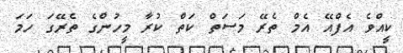
ކީއްވެ އެފްއޭ އެމް ތެރޭ މަސަތް ކަތް ކުރާ މީހުންގެ ތެރޭގަ ހަމަ